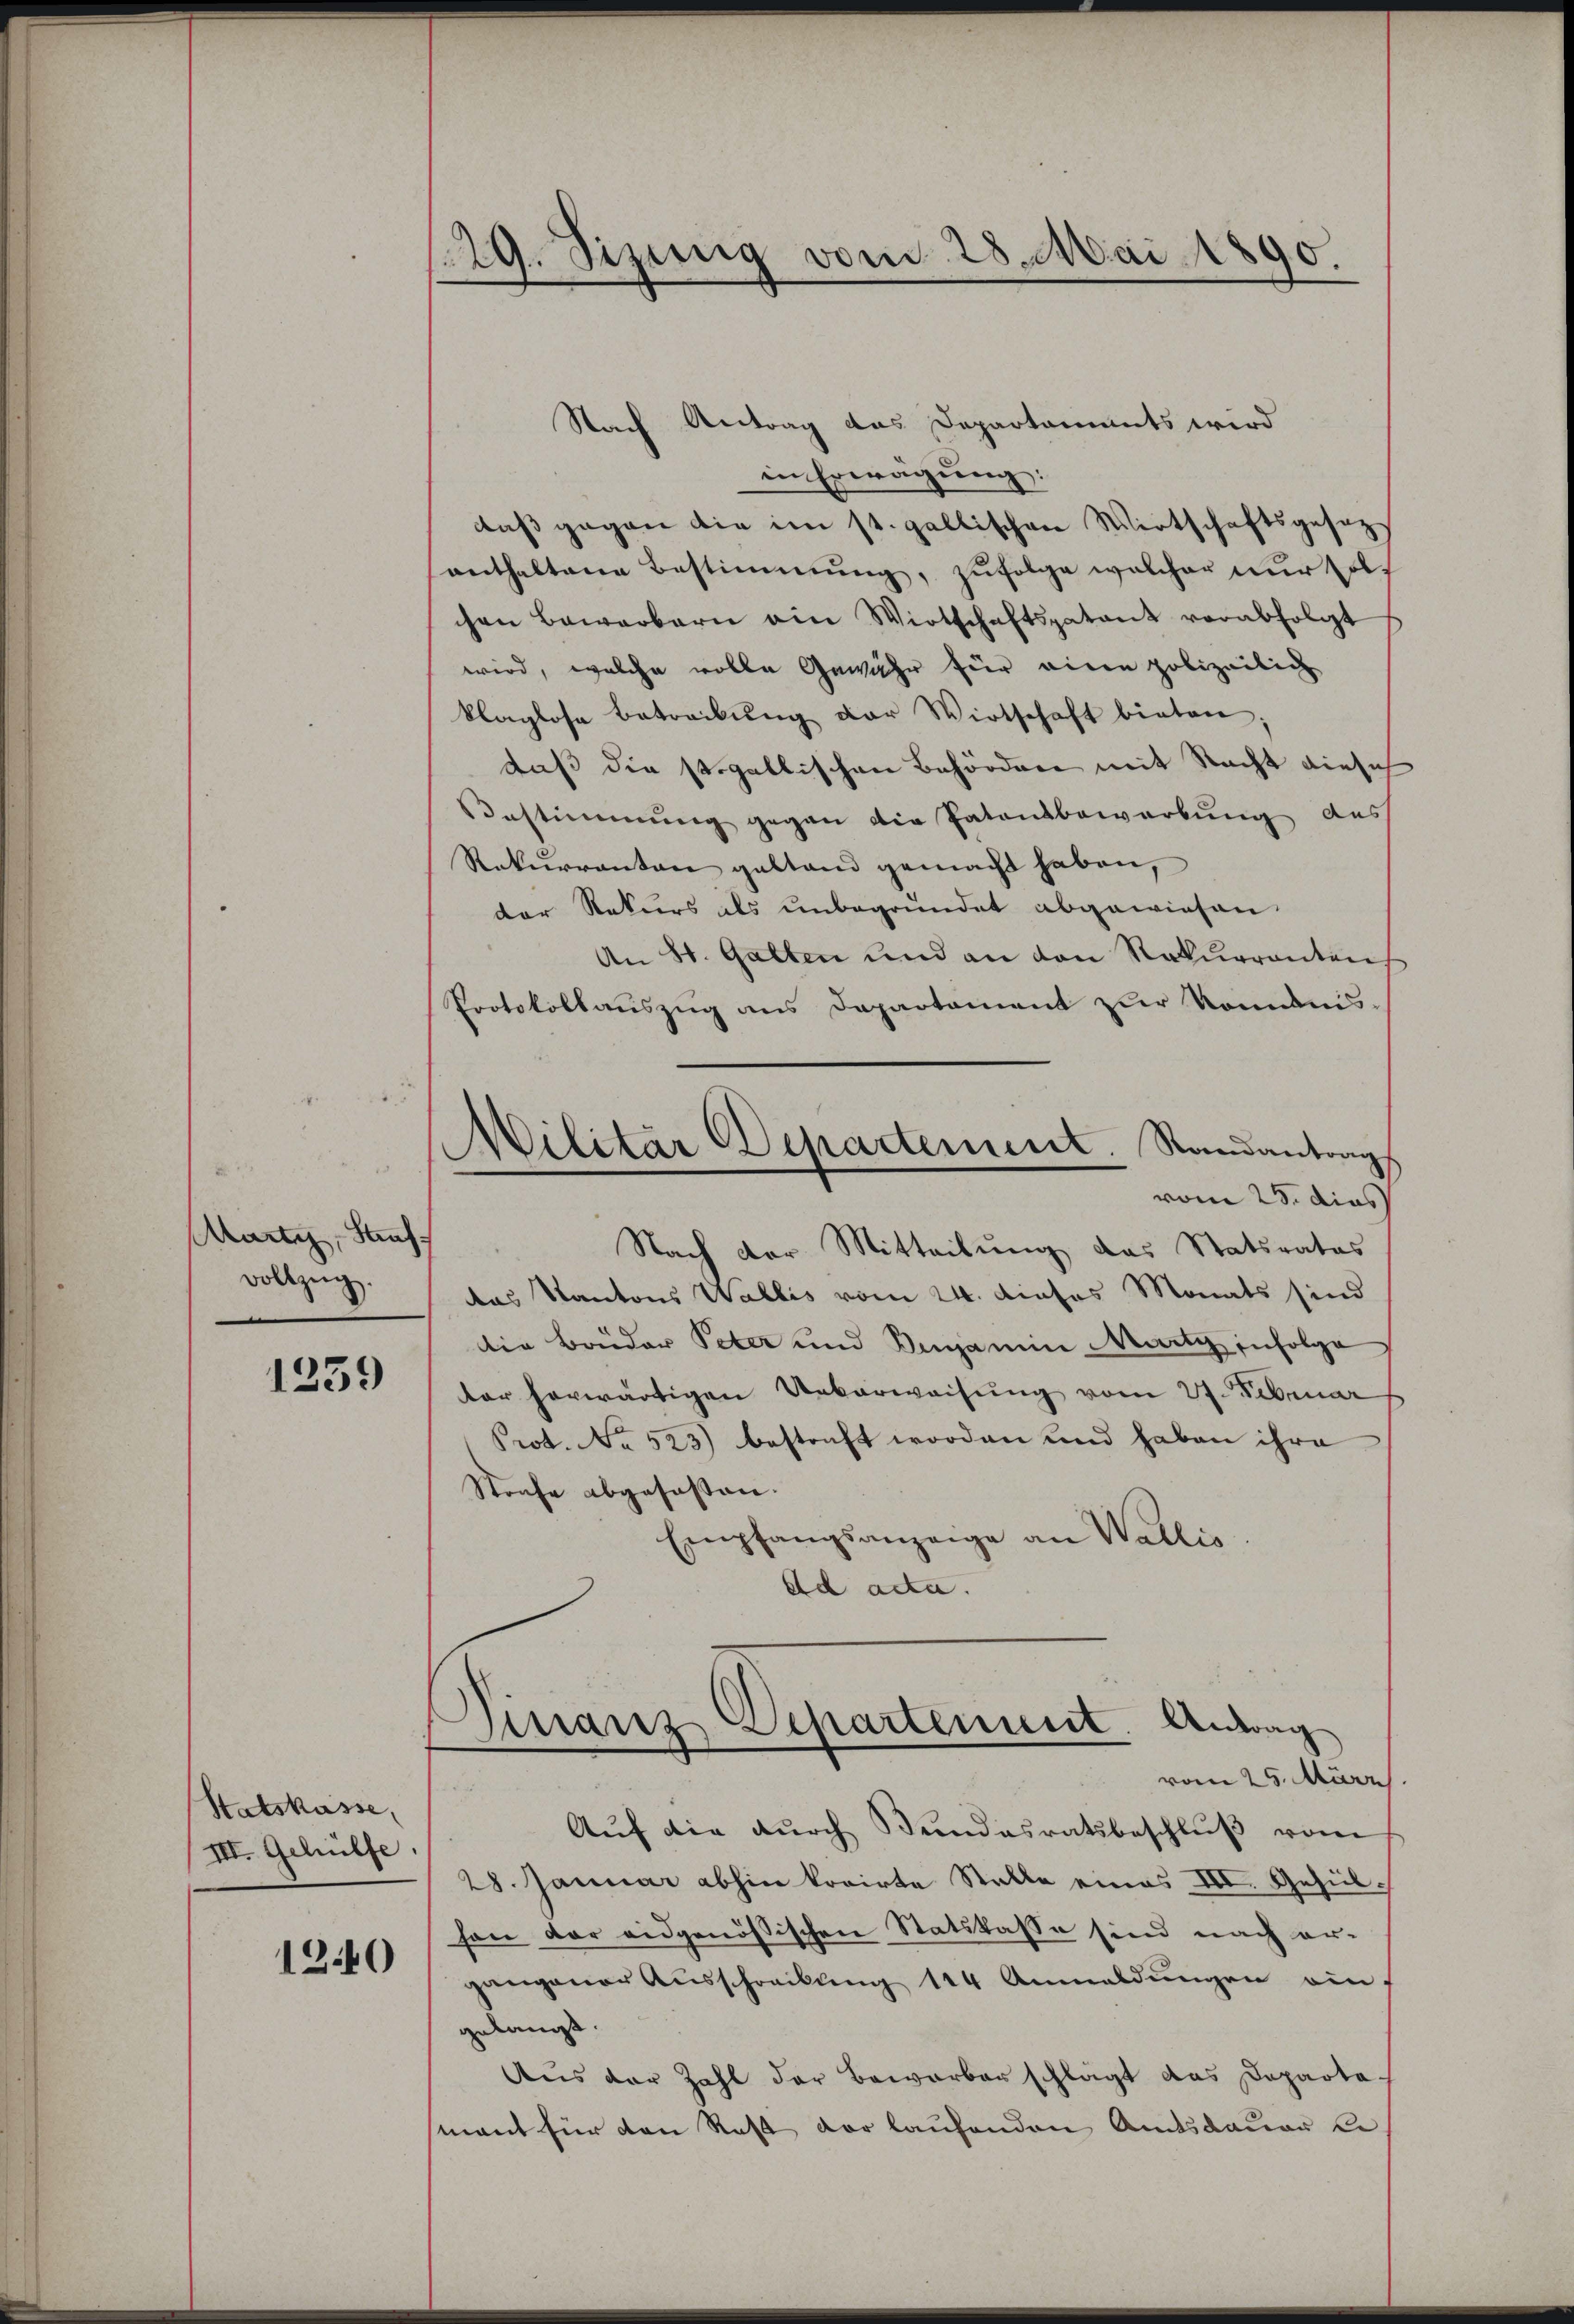
Marti, Kaufvollzug.

1259

Statskasse,
III. Gehülfe.

1240

129. Sizung vom 28. Mai 1890.

Nach Antrag das Departaments wird
in Erwägung:
daß gegen die im st. gallischen Wirtschaftsgesez
anthaltene Bestimmung, zŭfolge welcher nŭr solc
chen Bewerbern ein Wirtschaftspatant verabfolgt
wird, welche volle Gewähr für einen polizeilich
klaglose betreibŭng der Wirtschaft bieten.
daß die stogallischen Behörden mit Nacht die sich
Bestimmung gegen die Patonsbewerbŭng des
Rekurrenten gestand gemacht haben,
der Rekurs als unbegründet abgewiesen.
An St. Gallen und an den Rekurrenten,
Protokollauszug aus Departament zur Romanis
MMilitar Departement. Randantrag
vom 23. dies
Nach der Mitteilung das Statsrates
das Kantons Wallis vom 24. dieses Monats sind
Die Bruder Peter und Benjamin Marty infolge
ter herwärtigen Ueberweisung vom 27. Februar
Prot. No 523) bestraft worden und haben ihre
Strafe abgefassen.
Empfangsanzeige an Wallis
ad acta.

Finanz Departement. Antrag
e
vom 25. März

Aŭf die dŭrch Bundesratsbeschlŭβ vom
28. Januar abhin korirte Stelle eines III. Gehülhon der eidgenössischen Statskasse sind nach er-
gangener Ausschreibung 144 Anmeldungen ein
gelangt.
Aus der Zahl der Bewerber schlägt das Departe
mant für den Rest vor laufenden Amtsdauer le